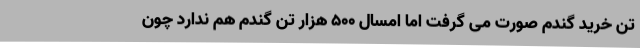
تن خرید گندم صورت می گرفت اما امسال ۵۰۰ هزار تن گندم هم ندارد چون